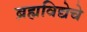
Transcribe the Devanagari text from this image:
ब्रह्मविद्येचे